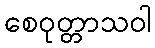
စေဝုတ္တာသဝါ